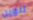
تلوين